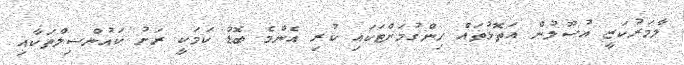
ލާމަރުކަޒީ އުސޫލުން އަތޮޅުތައް ހިންގުމަށްޓަކައި ކުރި އެންމެ ބޮޑު ކަމަކީ ރަށު ކައުންސިލްތަކާއި